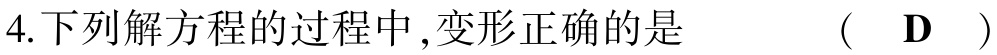
4.下列解方程的过程中,变形正确的是  （ D ）